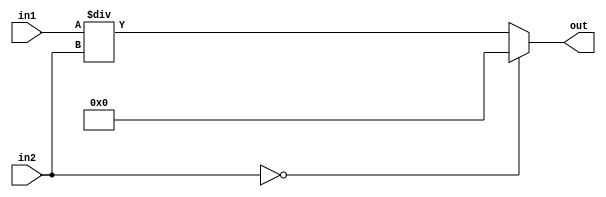
module div (in1,in2,out);
    input[3:0] in1;
    input [3:0] in2;
    output reg[7:0] out;
    always @* begin
        if(in2==0)out=0;
        else out=in1/in2;
    end
    
endmodule